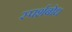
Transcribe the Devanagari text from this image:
स्पर्शबोध